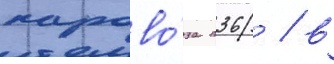
парово́за п36 / в